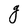
Character: g